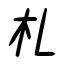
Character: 札